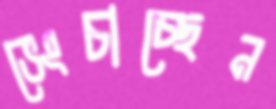
ভেংচাচ্ছেন